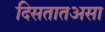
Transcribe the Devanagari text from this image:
दिसतातअसा